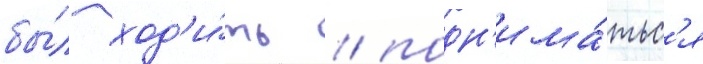
бы́л ход'и́ть / подн'има́тьс'я